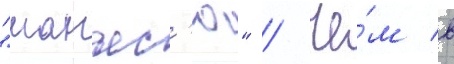
"манъес'ю" / че́м в